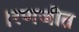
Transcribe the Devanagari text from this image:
।रणजीत